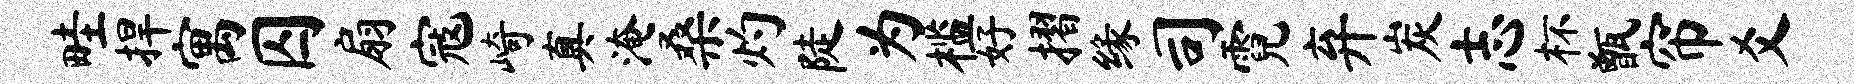
畦捍寓囚扇寇崎真淹桑灼陡为槛好摺缘司霓弃炭志杯甑帘爻